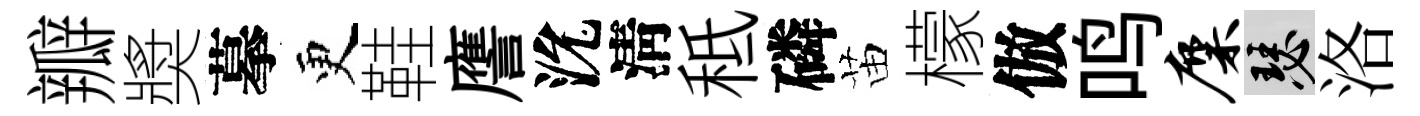
瓣奬摹更鞋譍沇淸秪磷苗檬倣鸣麋瑟洛